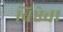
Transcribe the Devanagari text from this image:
विष्ठेचा